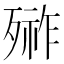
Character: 𣩋